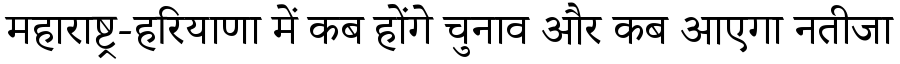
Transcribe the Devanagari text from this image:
महाराष्ट्र-हरियाणा में कब होंगे चुनाव और कब आएगा नतीजा